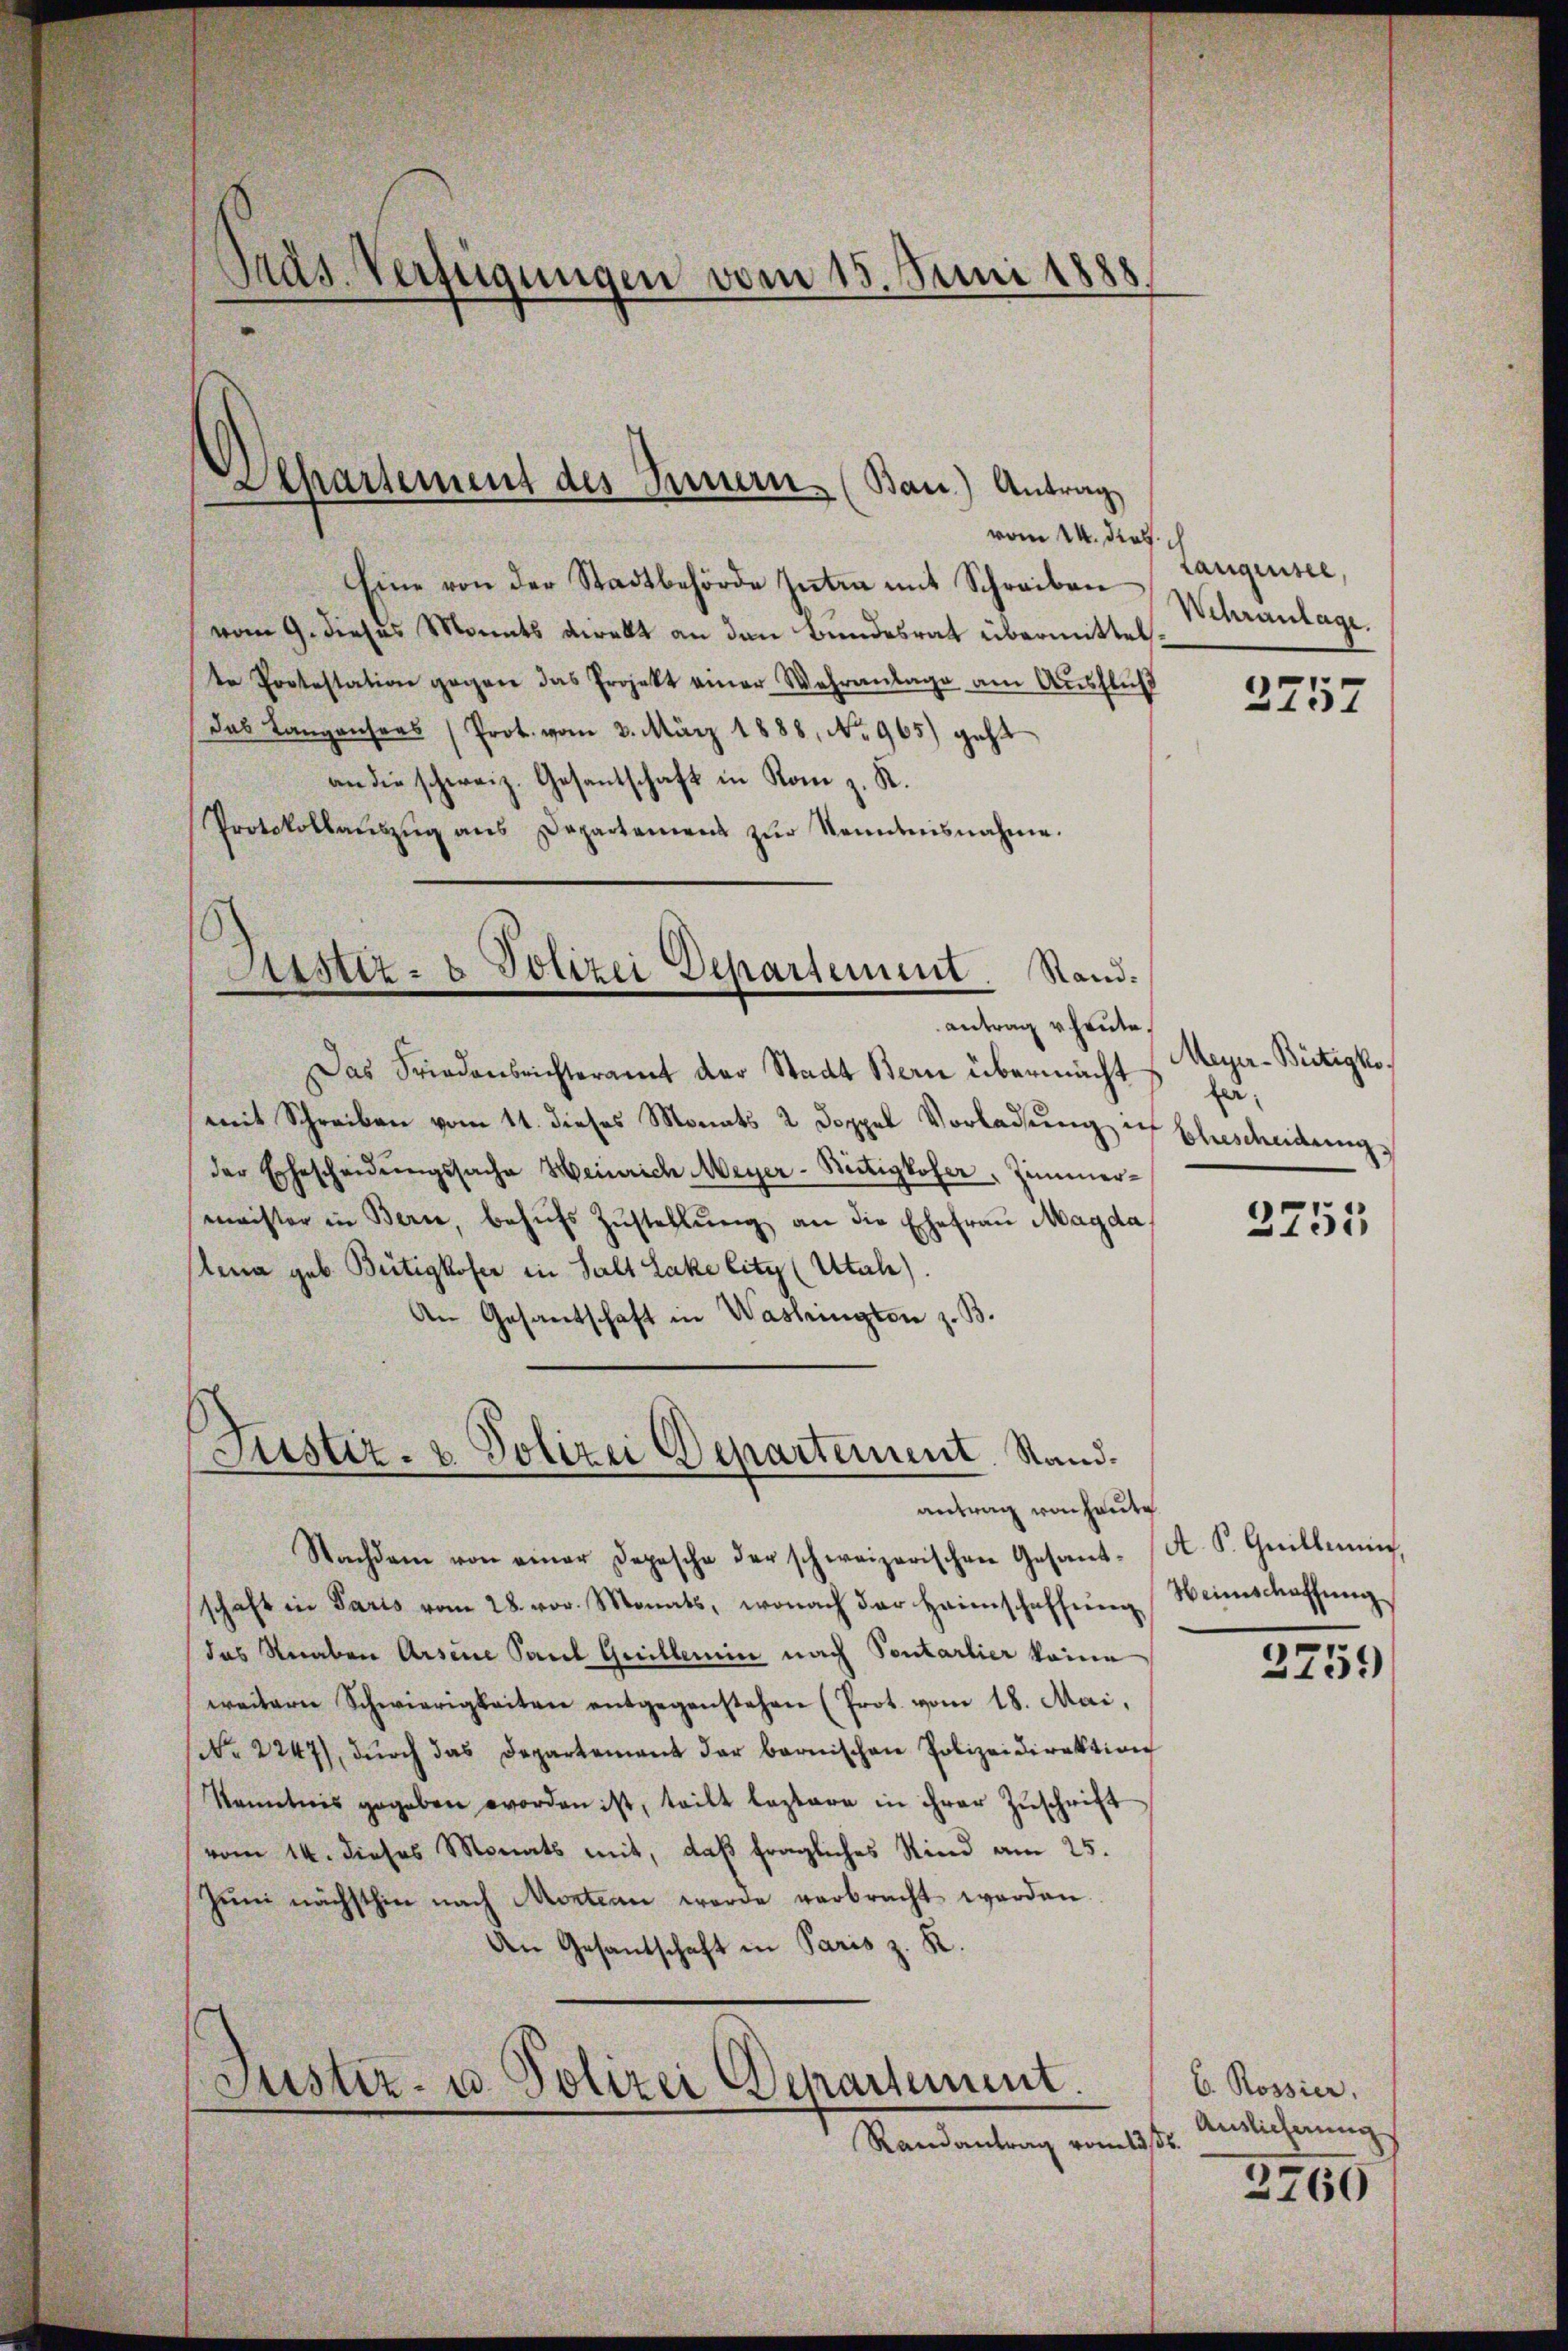
Präs. Verfügungen vom 15. Juni 1888

Eine von der Stadtbehörde Inten mit Schreiben Langensee,
vom 9. dieses Monats direkt an den Bundesrat übermittel
te Protestation gegen das Projekt einer Wehranlage am Ausfluß
das Langensers (Prot. vom 3. März 1888, No. 965) geht
an die schweiz. Gesantschaft in Kom z. R.
Protokollaŭszŭg ans Departamens zŭr Kenntnisnahme.
Asstiz- & Polizei Departement. Stand¬

Departement des Innern. (Ban) Antrag
vom 14. dies

antrag heute.

Das Friedensrichteramt der Stadt Bern übermacht
mit Schreiben vom 11. dieses Monats 2 Doppel Vorladŭng ich
der Ehescheidŭngssache Heinrich Meyer-Bütigkofer, Zimmer-
meister in Bern, behŭfs Zŭstellŭng an die Ehefraŭ Magda
lena geb. Bütigkofer in Salt Lake litz (Utah).
An Gesantschaft in Washington z. B.
Justiz- & Polizei Departement. Stand.

antrag von heute

Nachdem von einer Depesche der schweizerischen Gesant- (A. S. Guillen,
schaft in Paris vom 28. vor. Monats, wonach der Heimschaffung
das Knaben Arsene Paul Guillemin nach Sontarlier keine
weitern Schwierigkeiten entgegenstehen (Prot. vom 18. Mai,
(Nr. 2247), dŭrch das Departement der bernischen Polizeidirektion
Kenntnis gegeben worden ist, teilt leztere in ihrer Zŭschrift
vom 14. dieses Monats mit, daß fragliches Kind am 25.
Zŭm nächsthin nach Montan werde verbracht werden.
An Gesantschaft in Paris z. R.
Justiz- u. Polizei Departement
Randantrag vom 23st

Wehranlage

2757

Meyer-Bütigke
fer
Ehescheidung

2755

Weinschaffung

3759

E. Rossier,
Auslicherung

3760